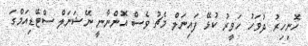
ހޮނިހިރު ދުވަހު ހަވީރު ކުޅޭ ފައިނަލް މެޗު ވެސް އޮންނާނީ ނޭޝަނަލް ސްޓޭޑިއަމްގަ